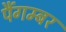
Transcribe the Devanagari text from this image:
पैंगम्‍बर